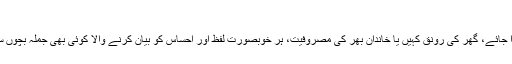
فوٹو: شاہد آفریدی
پھولوں سے تشبیہہ دی جائے یا آنکھوں کی ٹھنڈک پکارا جائے، گھر کی رونق کہیں یا خاندان بھر کی مصروفیت، ہر خوبصورت لفظ اور احساس کو بیان کرنے والا کوئی بھی جملہ بچوں سے متعلق جذبات کو بیان کرنے میں ناکافی ہی لگتا ہے۔